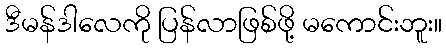
ဒီမန်ဒါလေကို ပြန်လာဖြစ်ဖို့ မကောင်းဘူး။